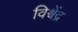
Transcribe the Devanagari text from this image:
विश्वेंद्र